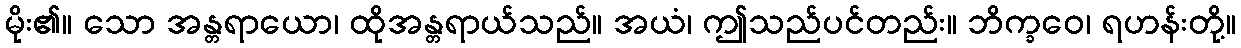
မိုး၏။ သော အန္တရာယော၊ ထိုအန္တရာယ်သည်။ အယံ၊ ဤသည်ပင်တည်း။ ဘိက္ခဝေ၊ ရဟန်းတို့။